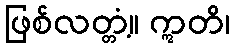
ဖြစ်လတ္တံ့။ ဣတိ၊